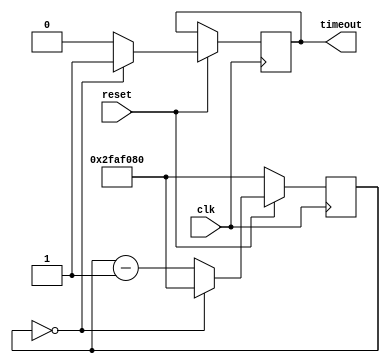
/*
	OneSec_Timer.v
	Description:
	Continuously sends single clock cycle pulses in one second intervals.
	Utilizes an internal register to count the number of clock cycles that
	has elapsed until the count is equal to 1 second.
	
	Inputs
		clk: 		On-board 50 Mhz clock
		reset:		Active low push button
		
	Outputs
		timeout:	Pulse signal indicating one second has occurred.

*/

module OneSec_Timer(clk, reset, timeout);
	
	output timeout;
	reg timeout;
	
	input clk, reset;
	
	reg [25:0] cnt;
	
	always@(posedge clk)
	begin
		if (reset == 0) begin cnt <= 26'd50000000; end
		else 
		begin
			if (cnt == 0) begin timeout <= 1'b1; cnt <= 26'd50000000; end
			else begin cnt <= cnt - 1; timeout <= 1'b0; end
		end
	end
endmodule